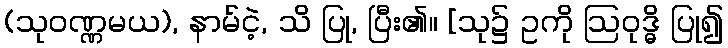
(သုဝဏ္ဏမယ), နာမ်ငဲ့, သိ ပြု, ပြီး၏။ [သု၌ ဥကို ဩဝုဒ္ဓိ ပြု၍